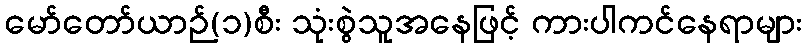
မော်တော်ယာဉ်(၁)စီး သုံးစွဲသူအနေဖြင့် ကားပါကင်နေရာများ